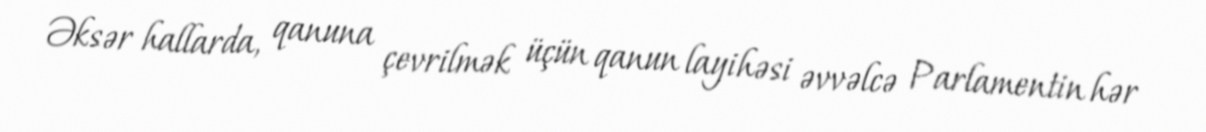
Əksər hallarda, qanuna çevrilmək üçün qanun layihəsi əvvəlcə Parlamentin hər